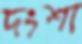
দংশা